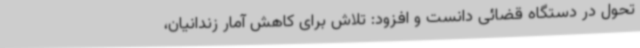
تحول در دستگاه قضائی دانست و افزود: تلاش برای کاهش آمار زندانیان،